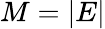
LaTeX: M=|E|